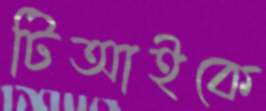
টিআইকে